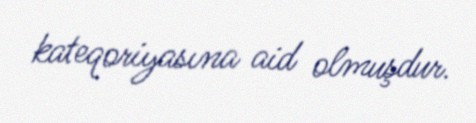
kateqoriyasına aid olmuşdur.